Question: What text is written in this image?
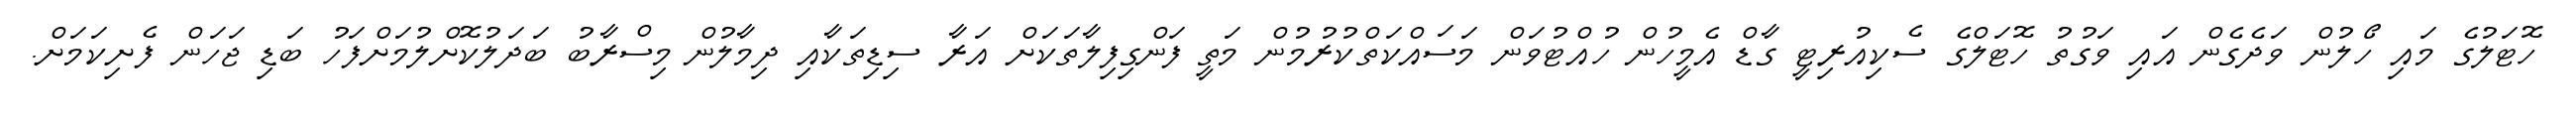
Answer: ހޮޓަލުގެ މައި ހޯލުން ވަދެގެން އައި ވަގުތު ހޮޓަލްގެ ސެކިއުރިޓީ ގާޑް އެމީހުން ހުއްޓުވަން މަސައްކަތްކުރުމުން މަތީ ފަންގިފިލާތަކަށް އަރާ ސިޑިތަކާއި ދިމާލުން މިސްރާބު ބަދަލުކޮށްލުމަށްފަހު ބަޑި ޖަހަން ފެށިކަމަށް.